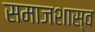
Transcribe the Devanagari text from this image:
समाजशास्व